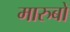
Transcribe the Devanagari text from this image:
मारुबो